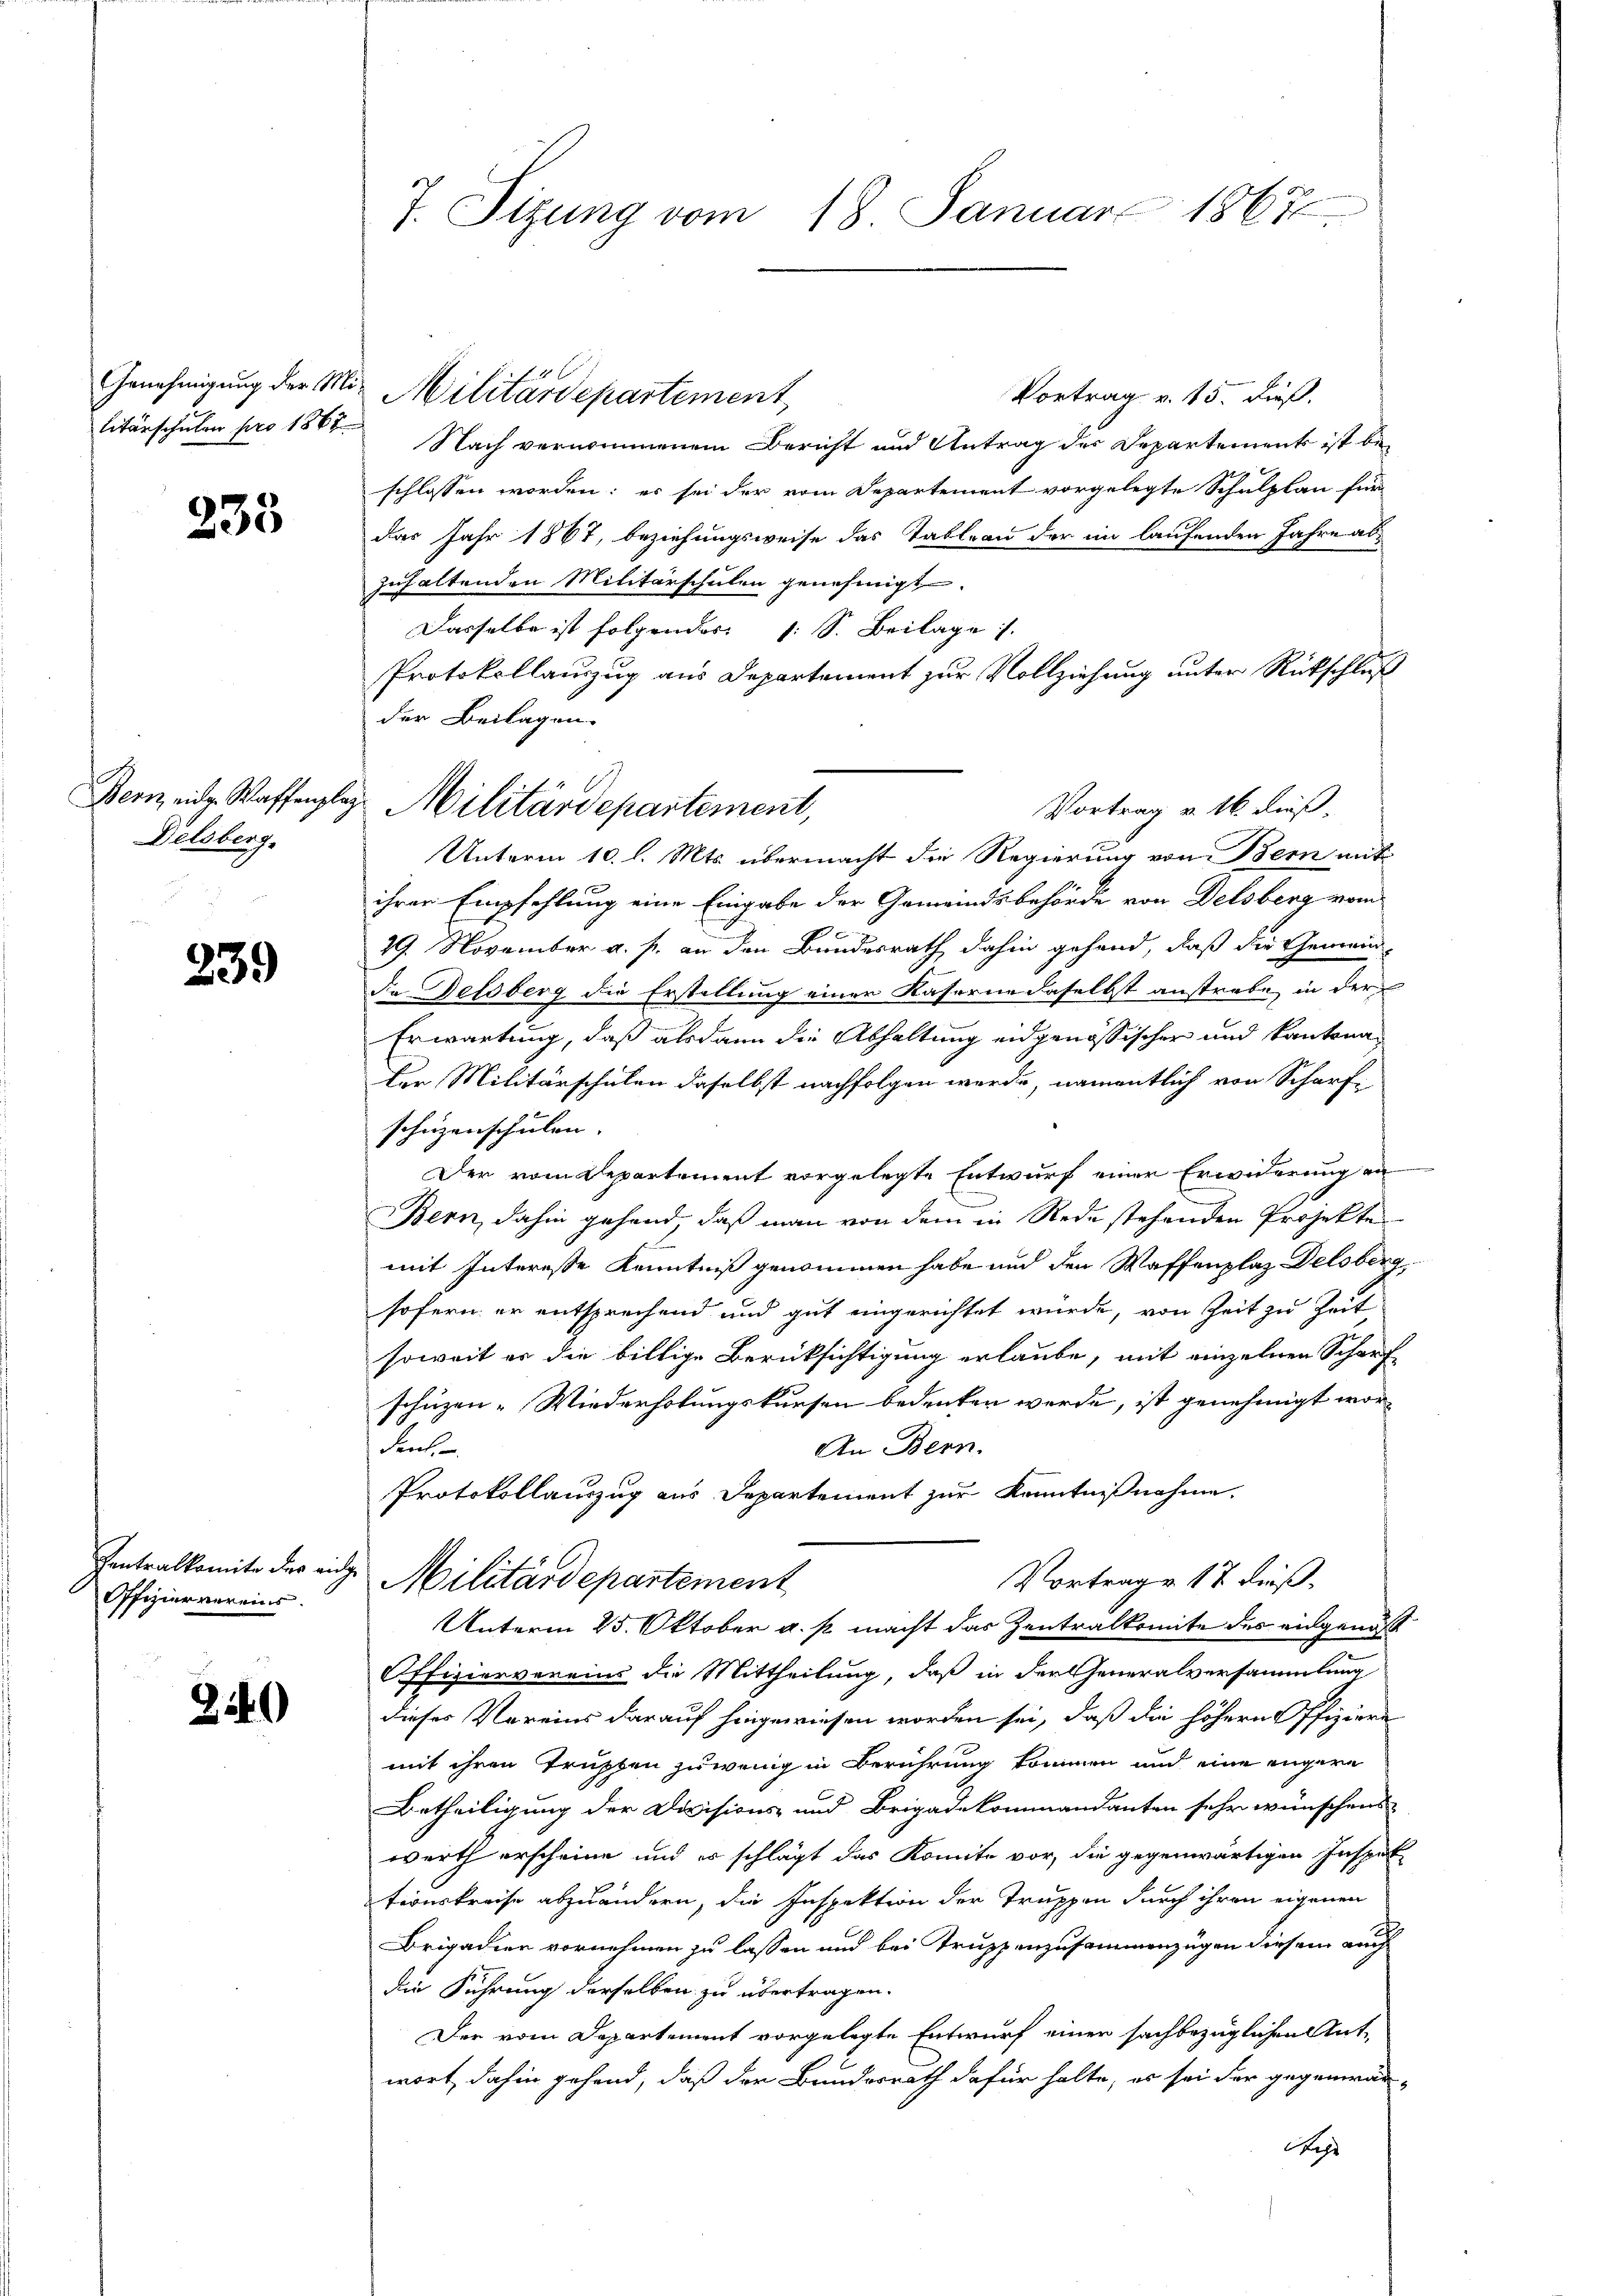
litärschulen pro 1868

233

Delsberg.

239

Pentralkomite der ein
Offizier vereins.

2149)

7. Sitzung vom 18. Januar 1867

Vortrag v. 15. dieß.
Nach vernommenem Bericht und Antrag der Departements ist beschlossen worden; es sei der vom Departement vorgelegte Schulplan für
das Jahr 1867, beziehungsweise das Tableau der im laufenden Jahre als
zuhaltenden Militärschulen genehmigt.
Dasselbe ist folgendes: 1. S. Beilage.
Protokollauszug aus Departement zur Vollziehung unter Rückschluß
der Beilagen.
Vortrag v. 16. dieß.
Unterm 10. l. Mts. übermacht die Regierung von Bern mit
ihrer Empfehlung eine Eingabe der Gemeindsbehörde von Delsberg vom
29. November a. s. an den Bundesrath dahin gehend, daß die Gemeind
de Delsberg die Erstellung einer Kaserne daselbst anstrebe, in der
Erwartung, daß alsdann die Abhaltung eidgenössischer und kantona
der Militärschulen daselbst nachfolgen werde, namentlich von Scharf
scheizenschulen. |
Der vom Departement vorgelegte Entwurf einer Erwiderung an
e
Bern, dahin gehend, daß man von dem in Rede stehenden Projekte
mit Interesse Kenntniß genommen habe und den Waffenplaz Delsberg
sofern er entsprechend und gut eingerichtet wurde, von Zeit zu Zeit
soweit er die billige Berücksichtigung erlaube, mit einzelnen Scharfschüzen - Wiederholungskursen bedeuten werde, ist genehmigt wordent.
An Bern.
Protokollauszug aus Departement zur Kenntnißnahme.
Vortrage 17 dieß.
. Militärdepartement
Unterm 25. Oktober a. p. macht das Zentralkomite des eidgenöß
Offiziervereins die Mittheilung, daß in der Generalversammlung
dieses Vereins darauf hingewiesen worden sei, daß die höhern Offiziere
mit ihren Trupten zu wenig in Berührung kommen und eine engere
Betheiligung der Divisions- und Brigadekommandanten sehr wünschens
werth erscheine und es schlägt das Konnte vor, die gegenwärtigen Inspet
tionskreise abzuändern, die Inspektion der Truppen durch ihren eigenen
Brigadien vornehmen zu lassen und bei Truppenzusammenzügen diesem auch
die Führung derselben zu übertragen.
Der vom Departement vorgelegte Entwurf einer sachbezüglichen Ant-
wort, dahin gehend, daß der Bundesrath dafür halte, es sei der gegenwär-
Sehr

Genehmigung der Mit Militärdepartement

Bern eidg. Waffenplaz Militärdepartement,